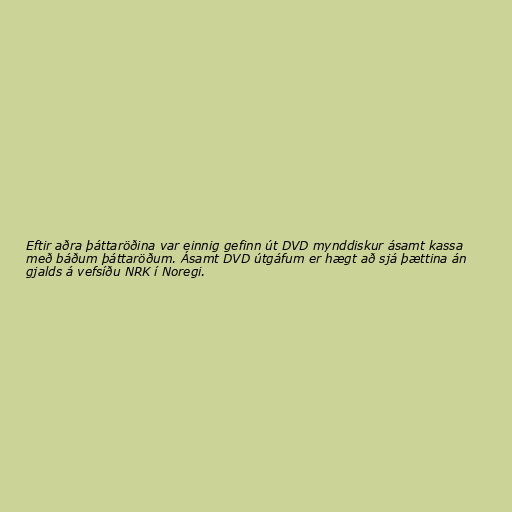
Eftir aðra þáttaröðina var einnig gefinn út DVD mynddiskur ásamt kassa
með báðum þáttaröðum. Ásamt DVD útgáfum er hægt að sjá þættina án
gjalds á vefsíðu NRK í Noregi.